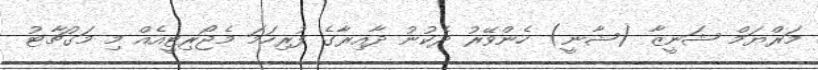
މަރްޔަމް ޝަނީޒާ (ޝާނީ) ހެންވޭރު ދެކުނު ދާއިރާގެ ފުރިހަމަ މެޖޯރިޓީއެއް މި މަގުޗާޓު